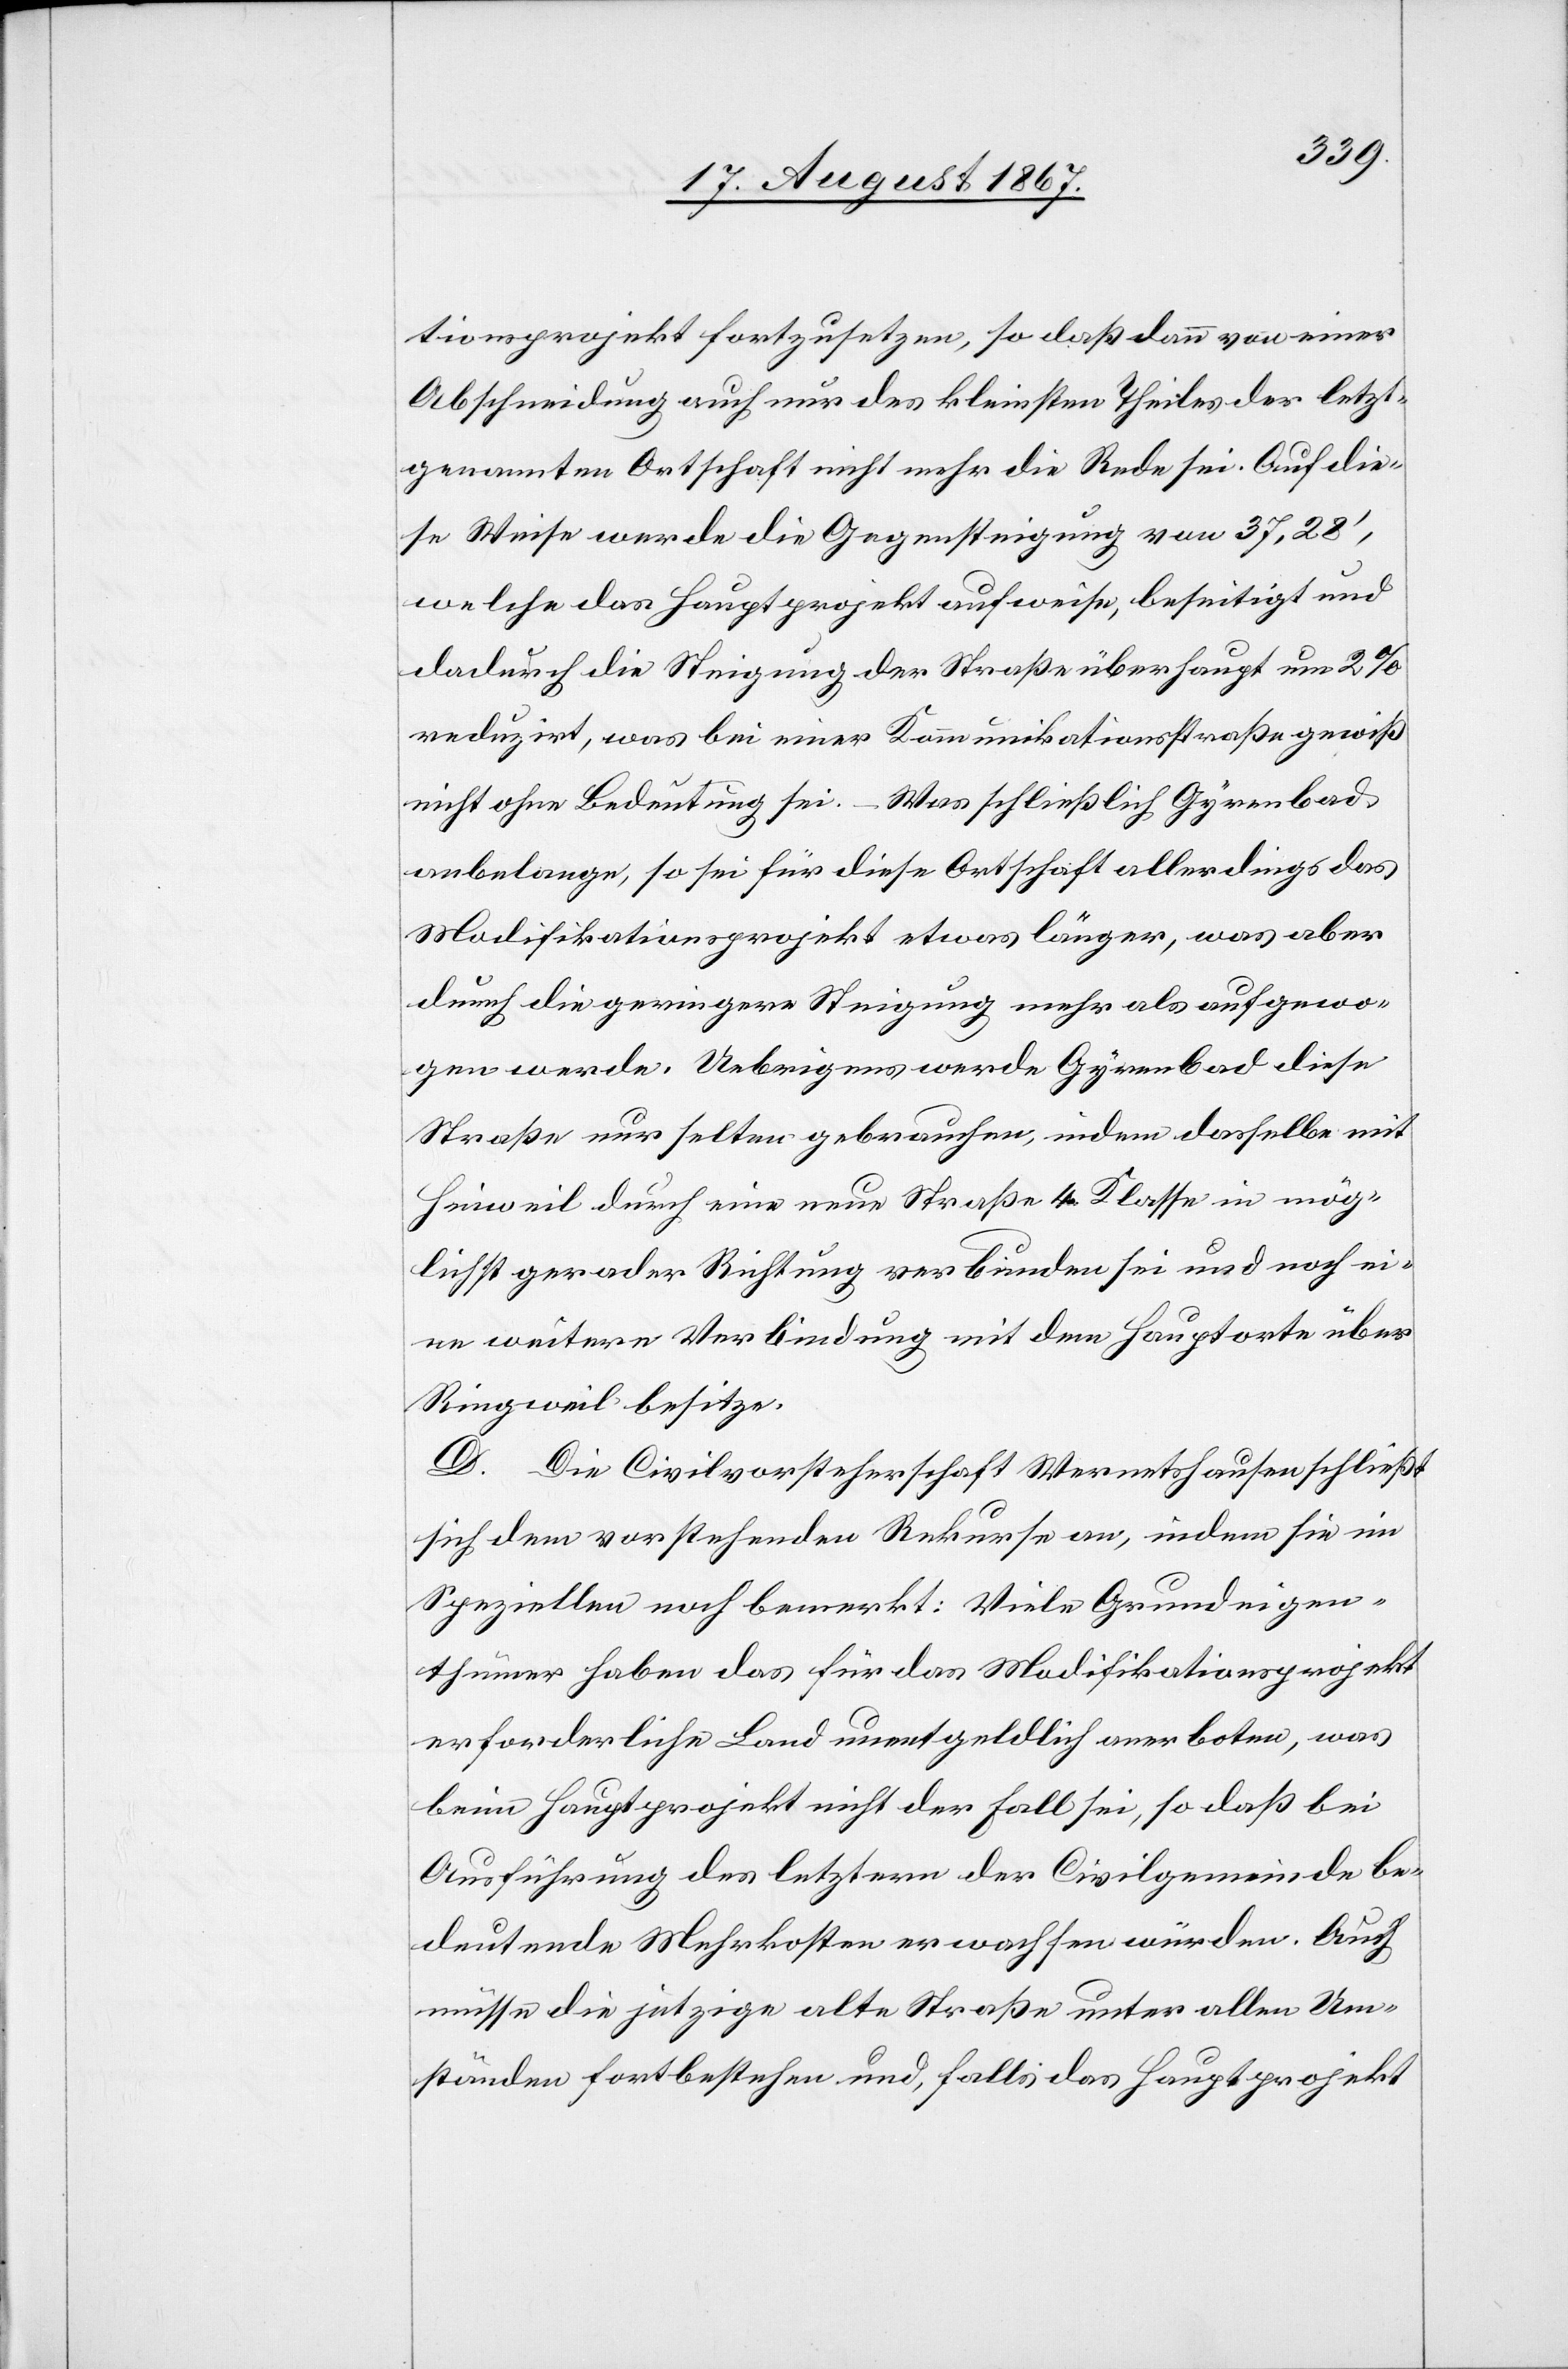
tionsprojekt fortzusetzen, so daß dann von einer
Abschneidung auch nur des kleinsten Theiles der letzt¬
genannten Ortschaft nicht mehr die Rede sei. Auf die¬
se Weise werde die Gegensteigung von 37,28‘,
welche das Hauptprojekt aufweise, beseitigt und
dadurch die Steigung der Straße überhaupt um 2%
reduzirt, was bei einer Kommunikationsstraße gewiß
nicht ohne Bedeutung sei. – Was schließlich Gyrenbad
anbelange, so sei für diese Ortschaft allerdings das
Modifikationsprojekt etwas länger, was aber
durch die geringere Steigung mehr als aufgewo¬
gen werde. Uebrigens werde Gyrenbad diese
Straße nur selten gebrauchen, indem dasselbe mit
Hinweil durch eine neue Straße 4. Klasse in mög¬
lichst gerader Richtung verbunden sei und noch ei¬
ne weitere Verbindung mit dem Hauptorte über
Ringweil besitze.
D. Die Civilvorsteherschaft Wernetshausen schließt
sich dem vorstehenden Rekurse an, indem sie im
Speziellen noch bemerkt: Viele Grundeigen¬
thümer haben das für das Modifikationsprojekt
erforderliche Land unentgeldlich anerboten, was
beim Hauptprojekt nicht der Fall sei, so daß bei
Ausführung des letztern der Civilgemeinde be¬
deutende Mehrkosten erwachsen würden. Auch
müsse die jetzige alte Straße unter allen Um¬
ständen fortbestehen und, falls das Hauptprojekt